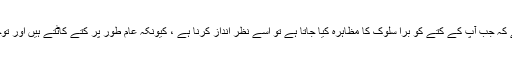
سب سے مؤثر چال یہ ہے کہ جب آپ کے کتے کو برا سلوک کا مظاہرہ کیا جاتا ہے تو اسے نظر انداز کرنا ہے ، کیونکہ عام طور پر کتے کاٹتے ہیں اور توجہ کے لئے بھونکتے ہیں۔